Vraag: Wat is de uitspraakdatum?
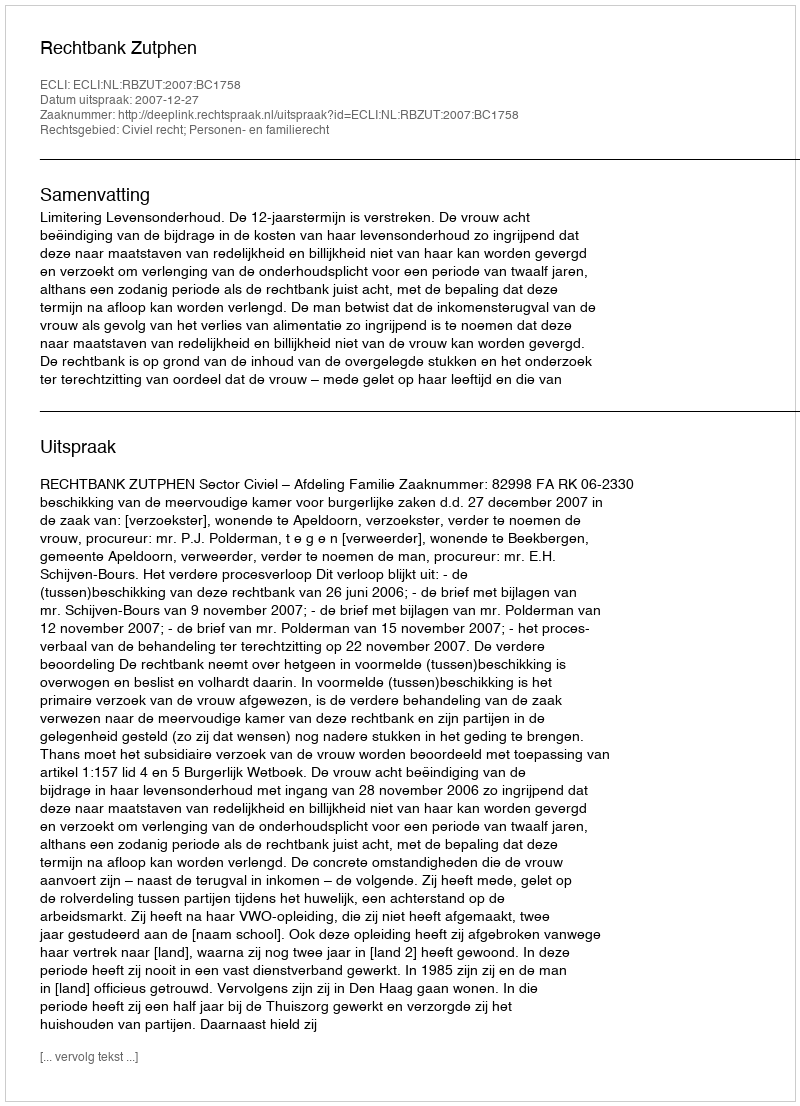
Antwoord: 2007-12-27